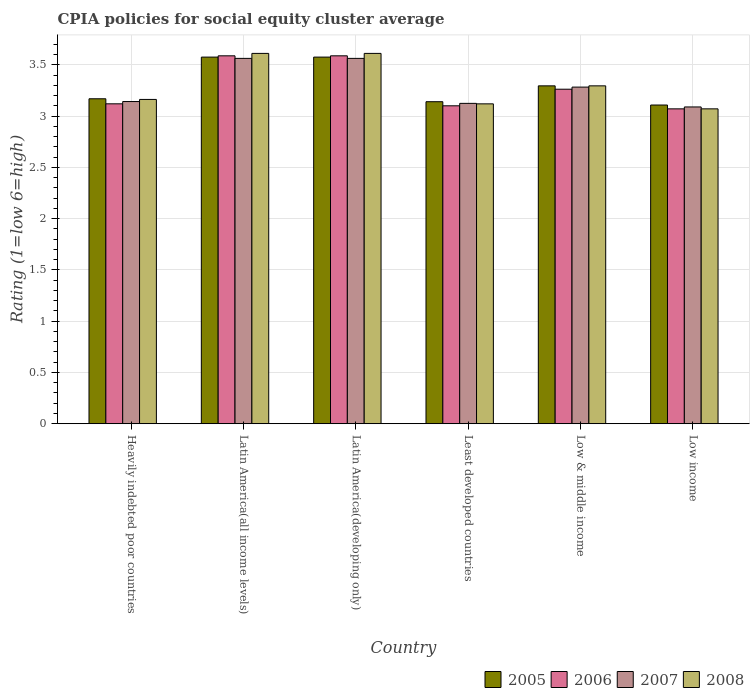
| Country | 2005 | 2006 | 2007 | 2008 |
 | --- | --- | --- | --- | --- |
 | Heavily indebted poor countries | 3.17 | 3.12 | 3.14 | 3.16 |
 | Latin America(all income levels) | 3.58 | 3.59 | 3.56 | 3.61 |
 | Latin America(developing only) | 3.58 | 3.59 | 3.56 | 3.61 |
 | Least developed countries | 3.14 | 3.1 | 3.12 | 3.12 |
 | Low & middle income | 3.29 | 3.26 | 3.28 | 3.29 |
 | Low income | 3.11 | 3.07 | 3.09 | 3.07 |